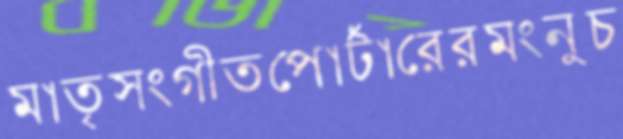
মাতৃসংগীতপোর্টারেরমংনুচ